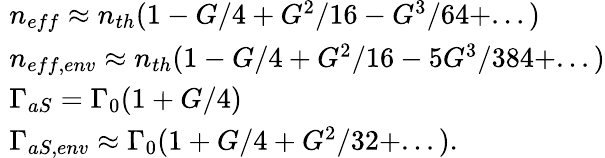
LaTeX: \begin{array}{rl}&{\! \! \! \! n_{eff}\approx n_{th}(1-G/4+G^{2}/16-G^{3}/64+...)}\\ &{\! \! \! \! n_{eff,env}\approx n_{th}(1-G/4+G^{2}/16-5G^{3}/384+...)}\\ &{\! \! \! \! \Gamma_{aS}=\Gamma_{0}(1+G/4)}\\ &{\! \! \! \! \Gamma_{aS,env}\approx\Gamma_{0}(1+G/4+G^{2}/32+...).}\end{array}